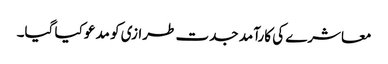
معاشرے کی کارآمد جدت طرازی کو مدعو کیا گیا۔